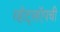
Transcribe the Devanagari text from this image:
व्हॉट्सऍपची